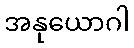
အနုယောဂါ